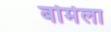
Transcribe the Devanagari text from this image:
बोर्मला